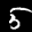
Label: 5